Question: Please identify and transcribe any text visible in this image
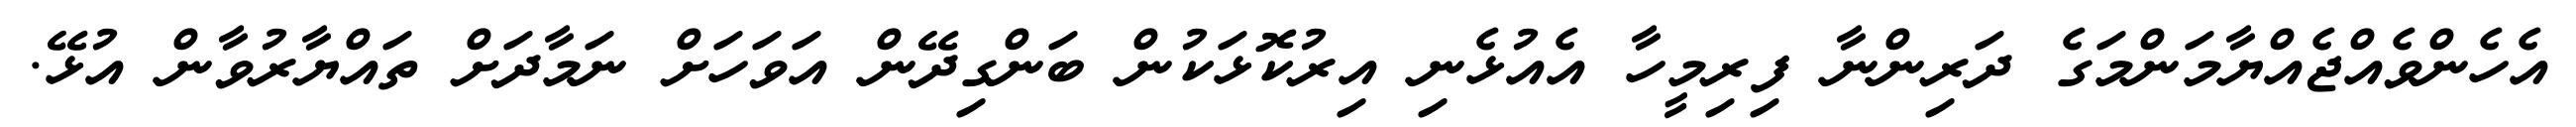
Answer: އެހެންވެއްޖެއްޔާމަންމަގެ ދަރިންނާ ފިރިމީހާ އެއުޅެނި އިރުކޮޅަކުން ބަންގިދޭން އަވަހަށް ނަމާދަށް ތައްޔާރުވާން އުޅޭ.